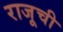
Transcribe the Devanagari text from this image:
राजूची